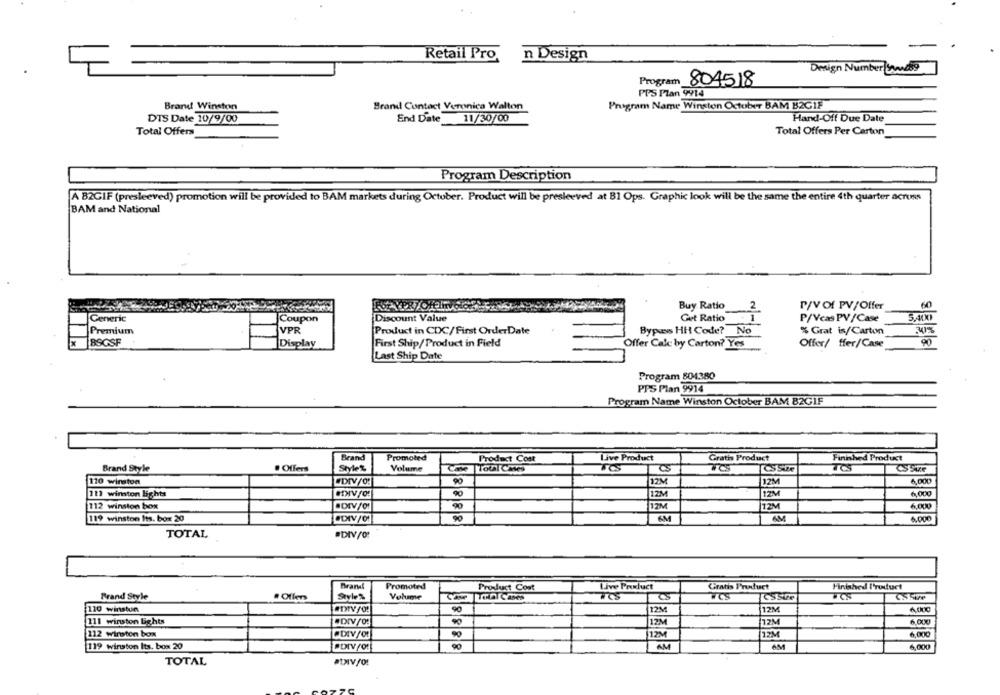
Retail Pro, n Design
Design Number wwwdig
Program
804518
PPS Plan 9914
Brand Winston
Brand Contact Veronica Walton
Program Name Winston October BAM B2GIF
DTS Date 10/9/00
End Date
11/30/00
Hand-Off Due Date
Total Offers
Total Offers Per Carton
Program Description
A B2GIF (presleeved) promotion will be provided to BAM markets during October. Product will be presleeved at B1 Ops. Graphic look will be the same the entire 4th quarter across
BAM and National
Buy Ratio
2
P/V Of PV/Offer
60
Generic
Coupon
Discount Value
Get Ratio
P/Vcas PV /Case
3,400
Premium
VPR
Product in CDC/First OrderDate
Bypass HH Code? No
% Grat is/Carton
BSGSF
Display
First Ship/Product in Field
Offer Calc by Carton? Yes
Offer/ ffer/Case
Last Ship Date
Program 804380
PPS Plan 9914
Program Name Winston October BAM 82GIF
Brand
Promoted
Product Cost
Live Product
Gratis Product
Finished Product
Brand Style
Offers
Style%
Volume
Cave
Total Ches
JOS
VCS
120 winston
17M
12M
WDIVO!
90
6,000
111 winston lights
12M
12M
6,00g
112 winston box
IDIV/O!
90
12M
12M
6,000
119 winston Its. box 20
IDIV/O
90
6M
6M
6.000
TOTAL
.DIVSO!
Brand
Promoted
Product Cost
Live Product
Gratis I'ruduct
Finished Product
Brand Style
. Ollen
Style%
Volume
TOS
WCS
CSSize
110 winstun
90
12M
12M
111 winston Lights
#DIV/0!
12M
12M
6.000
·DEV/Ot
90
12M
6,000
112 wirston box
12M
119 winston Its. box 20
AM
AM
6,000
TOTAL